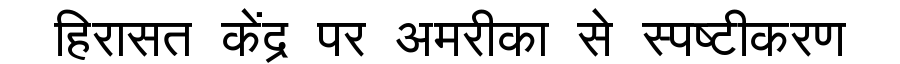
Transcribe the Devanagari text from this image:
हिरासत केंद्र पर अमरीका से स्पष्टीकरण